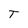
Character: T